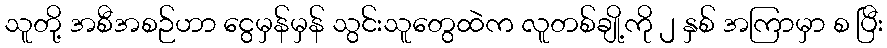
သူတို့ အစီအစဉ်ဟာ ငွေမှန်မှန် သွင်းသူတွေထဲက လူတစ်ချို့ကို ၂ နှစ် အကြာမှာ စ ပြီး